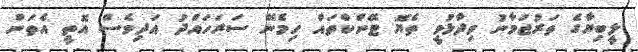
ލީބިޔާގެ ތަރުޖަމާނު ވިދާޅުވީ ތެޔޮ ޓޭންކްތައް ހިމެނޭ ސަރަހައްދު އަދިވެސް އޮތީ އެތަން